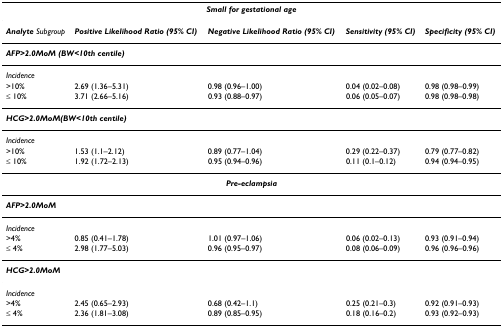
<table><thead><tr><td colspan="5"><b><i>Small for gestational age</i></b></td></tr></thead><tbody><tr><td><b><i>Analyte </i></b><i>Subgroup</i></td><td><b><i>Positive Likelihood Ratio (95% CI)</i></b></td><td><b><i>Negative Likelihood Ratio (95% CI)</i></b></td><td><b><i>Sensitivity (95% CI)</i></b></td><td><b><i>Specificity (95% CI)</i></b></td></tr><tr><td colspan="5"><b><i>AFP&gt;2.0MoM (BW&lt;10th centile)</i></b></td></tr><tr><td><i>Incidence</i></td><td></td><td></td><td></td><td></td></tr><tr><td>&gt;10%</td><td>2.69 (1.36–5.31)</td><td>0.98 (0.96–1.00)</td><td>0.04 (0.02–0.08)</td><td>0.98 (0.98–0.99)</td></tr><tr><td>≤ 10%</td><td>3.71 (2.66–5.16)</td><td>0.93 (0.88–0.97)</td><td>0.06 (0.05–0.07)</td><td>0.98 (0.98–0.98)</td></tr><tr><td colspan="5"><b><i>HCG&gt;2.0MoM(BW&lt;10th centile)</i></b></td></tr><tr><td><i>Incidence</i></td><td></td><td></td><td></td><td></td></tr><tr><td>&gt;10%</td><td>1.53 (1.1–2.12)</td><td>0.89 (0.77–1.04)</td><td>0.29 (0.22–0.37)</td><td>0.79 (0.77–0.82)</td></tr><tr><td>≤ 10%</td><td>1.92 (1.72–2.13)</td><td>0.95 (0.94–0.96)</td><td>0.11 (0.1–0.12)</td><td>0.94 (0.94–0.95)</td></tr><tr><td colspan="5"><b><i>Pre-eclampsia</i></b></td></tr><tr><td colspan="5"><b><i>AFP&gt;2.0MoM</i></b></td></tr><tr><td><i>Incidence</i></td><td></td><td></td><td></td><td></td></tr><tr><td>&gt;4%</td><td>0.85 (0.41–1.78)</td><td>1.01 (0.97–1.06)</td><td>0.06 (0.02–0.13)</td><td>0.93 (0.91–0.94)</td></tr><tr><td>≤ 4%</td><td>2.98 (1.77–5.03)</td><td>0.96 (0.95–0.97)</td><td>0.08 (0.06–0.09)</td><td>0.96 (0.96–0.96)</td></tr><tr><td colspan="5"><b><i>HCG&gt;2.0MoM</i></b></td></tr><tr><td><i>Incidence</i></td><td></td><td></td><td></td><td></td></tr><tr><td>&gt;4%</td><td>2.45 (0.65–2.93)</td><td>0.68 (0.42–1.1)</td><td>0.25 (0.21–0.3)</td><td>0.92 (0.91–0.93)</td></tr><tr><td>≤ 4%</td><td>2.36 (1.81–3.08)</td><td>0.89 (0.85–0.95)</td><td>0.18 (0.16–0.2)</td><td>0.93 (0.92–0.93)</td></tr></tbody></table>